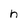
Character: n